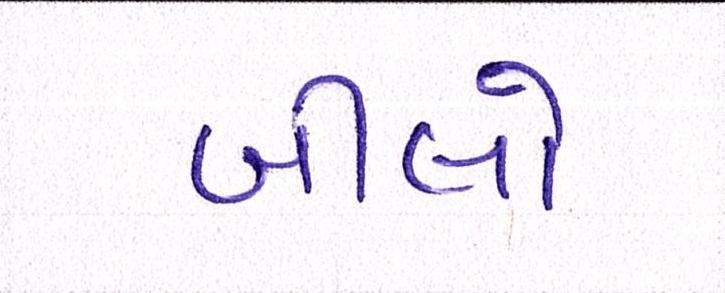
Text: બીલો